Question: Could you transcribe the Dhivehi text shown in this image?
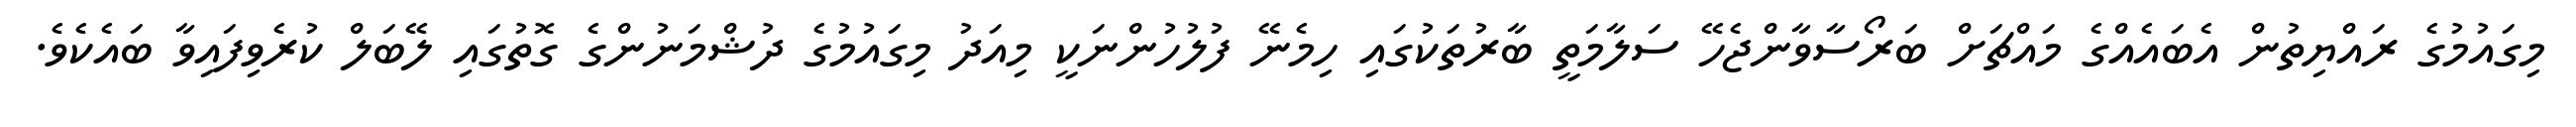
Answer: މިގައުމުގެ ރައްޔިތުން އެބައެއްގެ މައްޗަށް ބަރޯސާވާންޖެހޭ ސަލާމަތީ ބާރުތަކުގައި ހިމެނޭ ފުލުހުންނަކީ މިއަދު މިގައުމުގެ ދުޝްމަނުންގެ ގޮތުގައި ލޭބަލް ކުރެވިފައިވާ ބައެކެވެ.